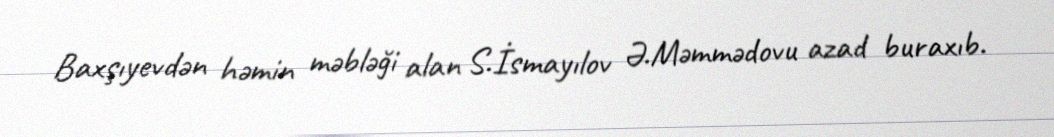
Baxşıyevdən həmin məbləği alan S.İsmayılov Ə.Məmmədovu azad buraxıb.